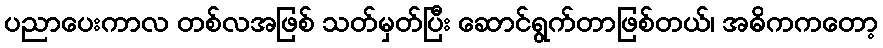
ပညာပေးကာလ တစ်လအဖြစ် သတ်မှတ်ပြီး ဆောင်ရွက်တာဖြစ်တယ်၊ အဓိကကတော့